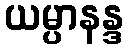
ယမ္ပာနန္ဒ